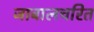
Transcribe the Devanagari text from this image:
जाबालचरित